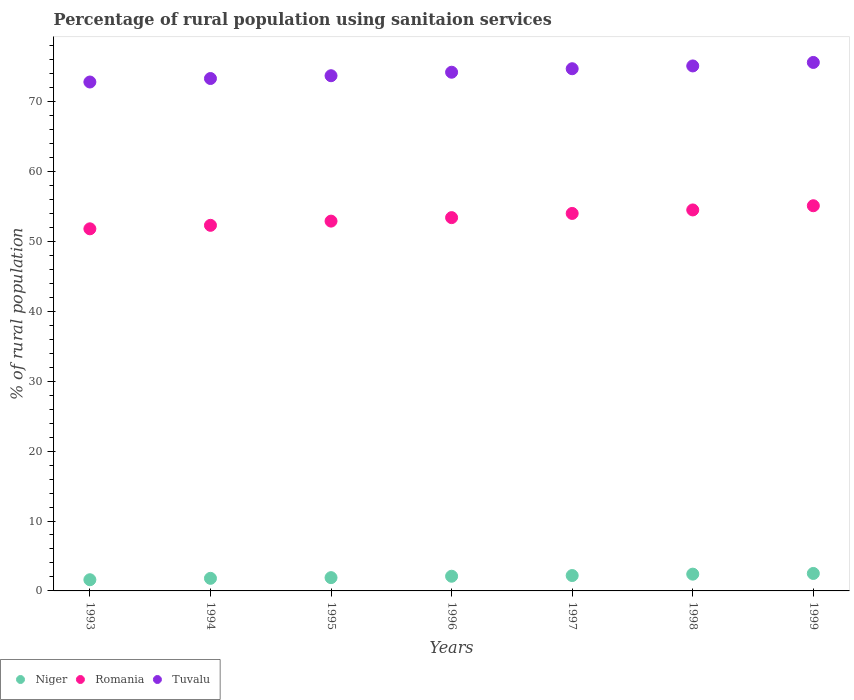
| Years | Niger | Romania | Tuvalu |
 | --- | --- | --- | --- |
 | 1993 | 1.6 | 51.8 | 72.8 |
 | 1994 | 1.8 | 52.3 | 73.3 |
 | 1995 | 1.9 | 52.9 | 73.7 |
 | 1996 | 2.1 | 53.4 | 74.2 |
 | 1997 | 2.2 | 54 | 74.7 |
 | 1998 | 2.4 | 54.5 | 75.1 |
 | 1999 | 2.5 | 55.1 | 75.6 |